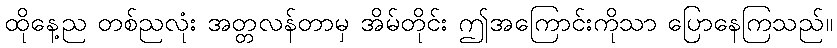
ထိုနေ့ည တစ်ညလုံး အတ္တလန်တာမှ အိမ်တိုင်း ဤအကြောင်းကိုသာ ပြောနေကြသည်။